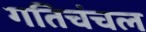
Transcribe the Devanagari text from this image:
गतिचंचल